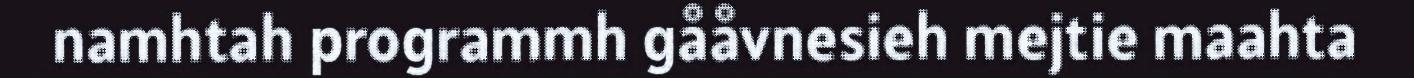
namhtah programmh gååvnesieh mejtie maahta